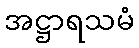
အဋ္ဌာရသမံ